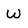
Character: W